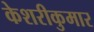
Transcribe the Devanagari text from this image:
केशरीकुमार